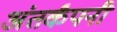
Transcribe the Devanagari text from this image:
अंतर्कंपनी